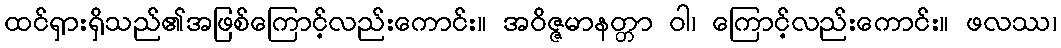
ထင်ရှားရှိသည်၏အဖြစ်ကြောင့်လည်းကောင်း။ အဝိဇ္ဇမာနတ္တာ ဝါ၊ ကြောင့်လည်းကောင်း။ ဖလဿ၊